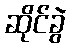
ဆိုင်ခွဲ